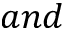
a n d